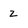
Character: 2